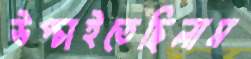
উপ্‌চাইতেছিলাম